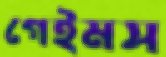
গেইমস